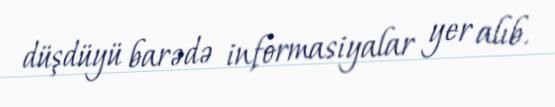
düşdüyü barədə informasiyalar yer alıb.